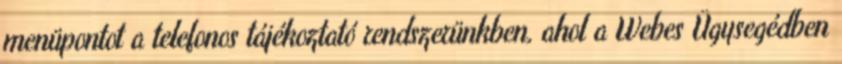
menüpontot a telefonos tájékoztató rendszerünkben, ahol a Webes Ügysegédben